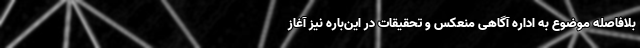
بلافاصله موضوع به اداره آگاهی منعکس و تحقیقات در این‌باره نیز آغاز